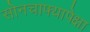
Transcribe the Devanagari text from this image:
सोनचाफ्यापेक्षा